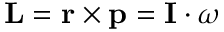
\mathbf { L } = \mathbf { r } \times \mathbf { p } = \mathbf { I } \cdot { \boldsymbol { \omega } }